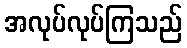
အလုပ်လုပ်ကြသည်